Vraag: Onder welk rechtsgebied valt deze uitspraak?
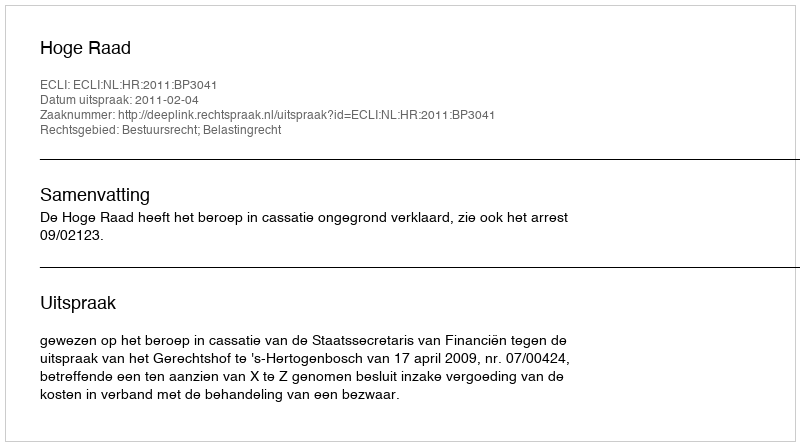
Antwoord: Bestuursrecht; Belastingrecht